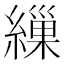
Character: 繅